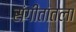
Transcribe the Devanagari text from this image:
संगीतातला